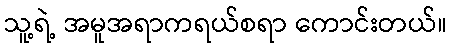
သူ့ရဲ့ အမူအရာကရယ်စရာ ကောင်းတယ်။